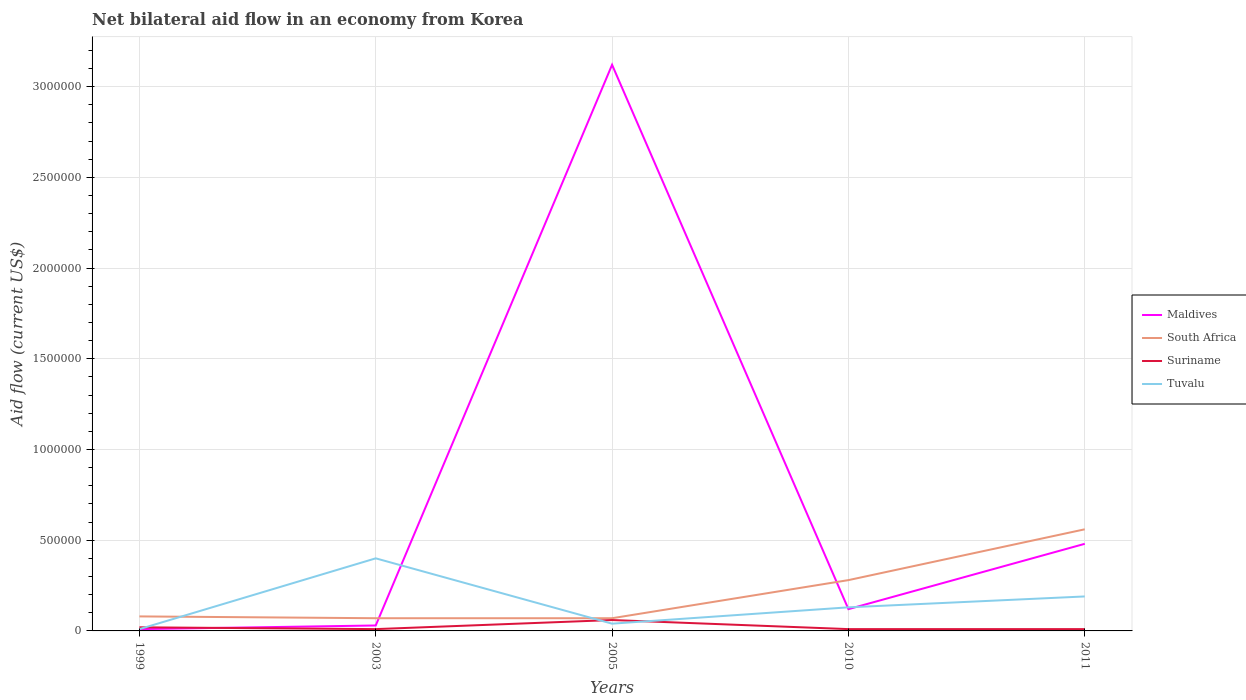
| Years | Maldives | South Africa | Suriname | Tuvalu |
 | --- | --- | --- | --- | --- |
 | 1999 | 1e+04 | 8e+04 | 2e+04 | 1e+04 |
 | 2003 | 3e+04 | 7e+04 | 1e+04 | 4e+05 |
 | 2005 | 3.12e+06 | 7e+04 | 6e+04 | 4e+04 |
 | 2010 | 1.2e+05 | 2.8e+05 | 1e+04 | 1.3e+05 |
 | 2011 | 4.8e+05 | 5.6e+05 | 1e+04 | 1.9e+05 |